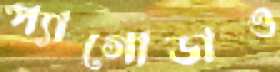
প্যাগোডাও